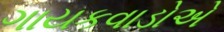
ગાયકવાડોએ